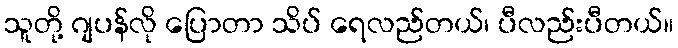
သူတို့ ဂျပန်လို ပြောတာ သိပ် ရေလည်တယ်၊ ပီလည်းပီတယ်။